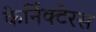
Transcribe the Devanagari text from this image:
केर्निक्टेरस